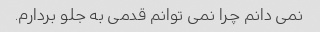
نمی دانم چرا نمی توانم قدمی به جلو بردارم.